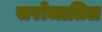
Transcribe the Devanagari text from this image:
सरोजातिल